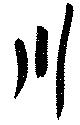
川